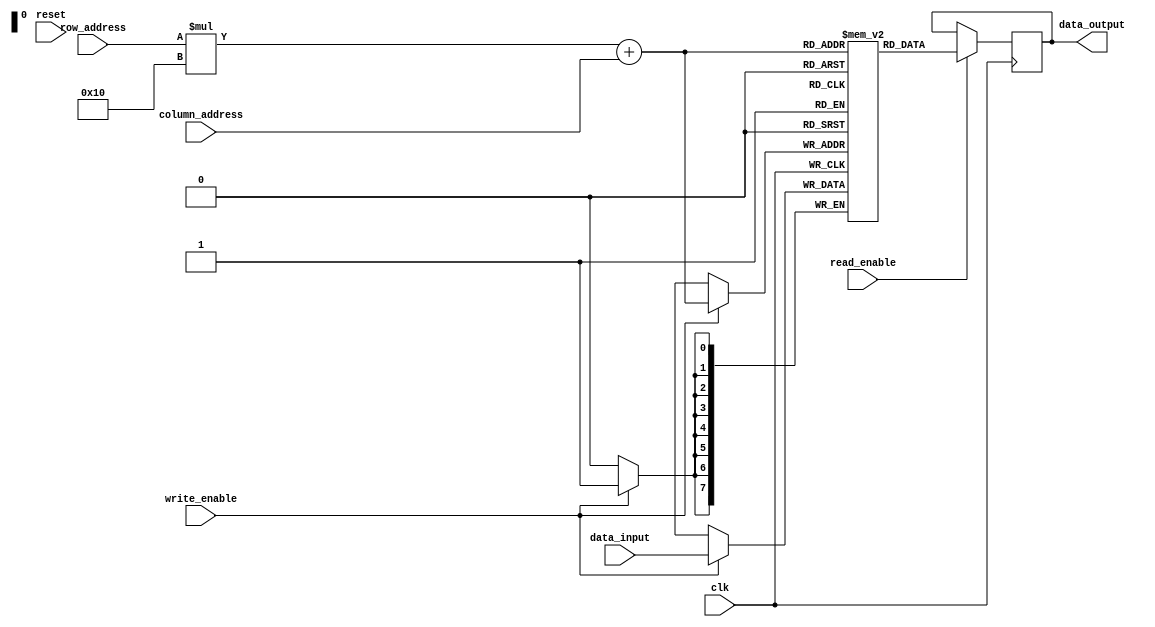
module MRAM(
    input wire clk,
    input wire reset,
    input wire write_enable,
    input wire read_enable,
    input wire [3:0] row_address,
    input wire [3:0] column_address,
    input wire [7:0] data_input,
    output reg [7:0] data_output
);

// Memory cell array declaration
reg [7:0] memory_array [0:15][0:15];

// Address decoding logic
always @ (posedge clk)
begin
    if (write_enable)
        memory_array[row_address][column_address] <= data_input;
    
    if (read_enable)
        data_output <= memory_array[row_address][column_address];
end

endmodule